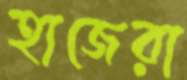
হাজেরা